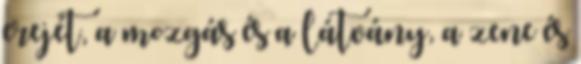
erejét, a mozgás és a látvány, a zene és